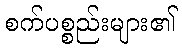
စက်ပစ္စည်းများ၏